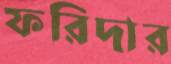
ফরিদার